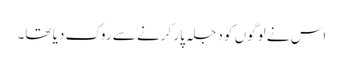
اس نے لوگوں کو دجلہ پار کرنے سے روک دیا تھا۔